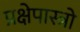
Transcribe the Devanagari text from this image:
प्रक्षेपास्त्रो